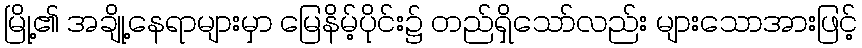
မြို့၏ အချို့နေရာများမှာ မြေနိမ့်ပိုင်း၌ တည်ရှိသော်လည်း များသောအားဖြင့်